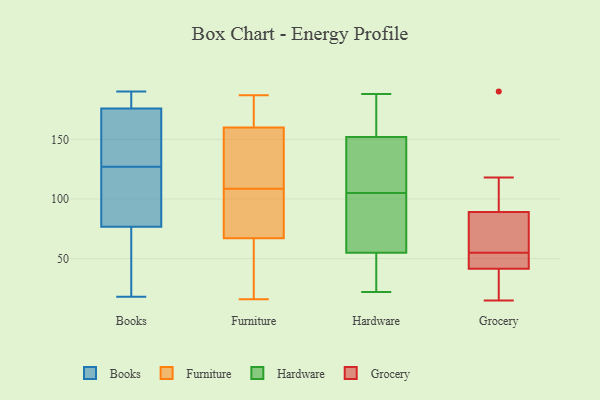
{"axis": {"x": "Headcount", "y": "Value"}, "legend": ["Books", "Furniture", "Grocery", "Hardware"], "data": [{"x": "", "y": 18, "type": "Books"}, {"x": "", "y": 187, "type": "Books"}, {"x": "", "y": 154, "type": "Books"}, {"x": "", "y": 140, "type": "Books"}, {"x": "", "y": 144, "type": "Books"}, {"x": "", "y": 187, "type": "Books"}, {"x": "", "y": 88, "type": "Books"}, {"x": "", "y": 123, "type": "Books"}, {"x": "", "y": 190, "type": "Books"}, {"x": "", "y": 73, "type": "Books"}, {"x": "", "y": 25, "type": "Books"}, {"x": "", "y": 127, "type": "Books"}, {"x": "", "y": 118, "type": "Books"}, {"x": "", "y": 150, "type": "Books"}, {"x": "", "y": 88, "type": "Books"}, {"x": "", "y": 185, "type": "Books"}, {"x": "", "y": 183, "type": "Books"}, {"x": "", "y": 55, "type": "Books"}, {"x": "", "y": 56, "type": "Books"}, {"x": "", "y": 23, "type": "Furniture"}, {"x": "", "y": 118, "type": "Furniture"}, {"x": "", "y": 77, "type": "Furniture"}, {"x": "", "y": 102, "type": "Furniture"}, {"x": "", "y": 100, "type": "Furniture"}, {"x": "", "y": 177, "type": "Furniture"}, {"x": "", "y": 180, "type": "Furniture"}, {"x": "", "y": 176, "type": "Furniture"}, {"x": "", "y": 57, "type": "Furniture"}, {"x": "", "y": 169, "type": "Furniture"}, {"x": "", "y": 16, "type": "Furniture"}, {"x": "", "y": 187, "type": "Furniture"}, {"x": "", "y": 28, "type": "Furniture"}, {"x": "", "y": 115, "type": "Furniture"}, {"x": "", "y": 95, "type": "Furniture"}, {"x": "", "y": 144, "type": "Furniture"}, {"x": "", "y": 84, "type": "Furniture"}, {"x": "", "y": 136, "type": "Furniture"}, {"x": "", "y": 151, "type": "Furniture"}, {"x": "", "y": 49, "type": "Furniture"}, {"x": "", "y": 40, "type": "Hardware"}, {"x": "", "y": 98, "type": "Hardware"}, {"x": "", "y": 160, "type": "Hardware"}, {"x": "", "y": 141, "type": "Hardware"}, {"x": "", "y": 112, "type": "Hardware"}, {"x": "", "y": 22, "type": "Hardware"}, {"x": "", "y": 51, "type": "Hardware"}, {"x": "", "y": 188, "type": "Hardware"}, {"x": "", "y": 59, "type": "Hardware"}, {"x": "", "y": 90, "type": "Hardware"}, {"x": "", "y": 147, "type": "Hardware"}, {"x": "", "y": 157, "type": "Hardware"}, {"x": "", "y": 31, "type": "Grocery"}, {"x": "", "y": 64, "type": "Grocery"}, {"x": "", "y": 82, "type": "Grocery"}, {"x": "", "y": 40, "type": "Grocery"}, {"x": "", "y": 105, "type": "Grocery"}, {"x": "", "y": 55, "type": "Grocery"}, {"x": "", "y": 38, "type": "Grocery"}, {"x": "", "y": 118, "type": "Grocery"}, {"x": "", "y": 15, "type": "Grocery"}, {"x": "", "y": 99, "type": "Grocery"}, {"x": "", "y": 56, "type": "Grocery"}, {"x": "", "y": 190, "type": "Grocery"}, {"x": "", "y": 46, "type": "Grocery"}, {"x": "", "y": 46, "type": "Grocery"}, {"x": "", "y": 86, "type": "Grocery"}, {"x": "", "y": 39, "type": "Grocery"}, {"x": "", "y": 90, "type": "Grocery"}, {"x": "", "y": 55, "type": "Grocery"}, {"x": "", "y": 55, "type": "Grocery"}]}